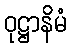
ဝုဋ္ဌာနိမံ